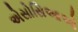
એસોસિઆઓ